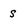
Character: s